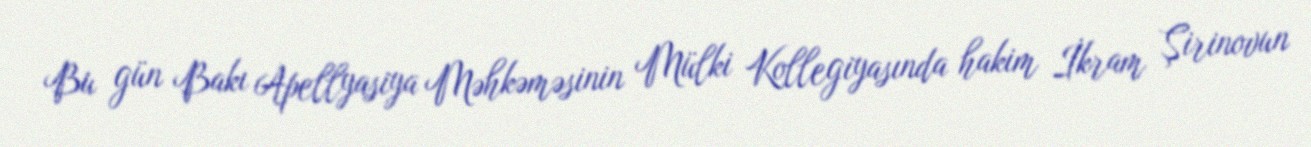
Bu gün Bakı Apellyasiya Məhkəməsinin Mülki Kollegiyasında hakim İkram Şirinovun